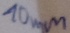
Text: 10mm